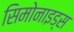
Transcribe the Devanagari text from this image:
सिमोनाइड्स